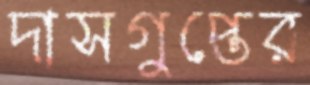
দাসগুপ্তের